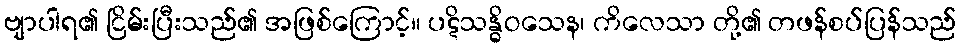
ဗျာပါရ၏ ငြိမ်းပြီးသည်၏ အဖြစ်ကြောင့်။ ပဋိသန္ဓိဝသေန၊ ကိလေသာ တို့၏ တဖန်စပ်ပြန်သည်